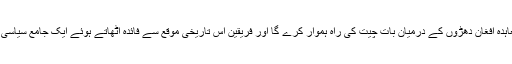
پاکستان کو یقین ہے کہ معاہدہ افغان دھڑوں کے درمیان بات چیت کی راہ ہموار کرے گا اور فریقین اس تاریخی موقع سے فائدہ اٹھاتے ہوئے ایک جامع سیاسی حل کی طرف بڑھیں گے۔